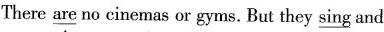
There \underline{are} no cinemas or gyms. But they \underline{sing} and